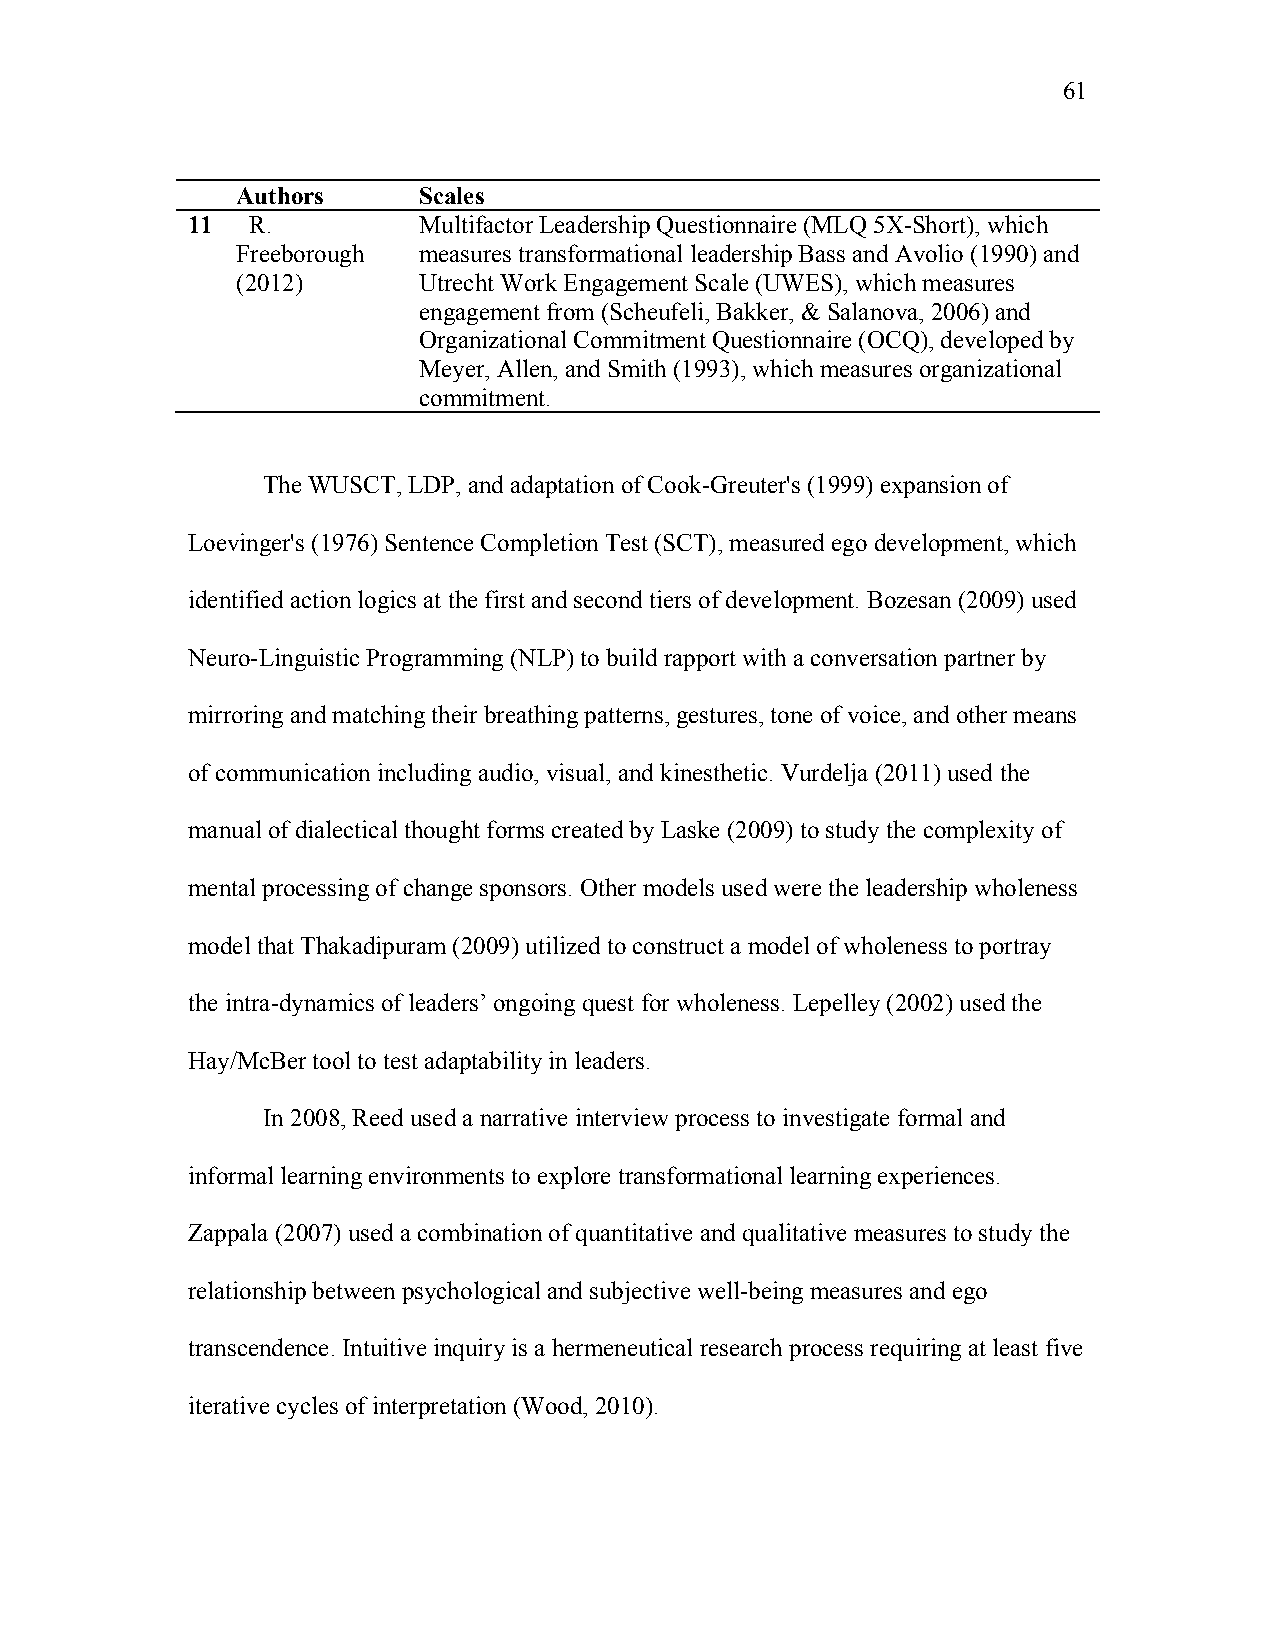
61
 Authors     Scales
 11  R.          Multifactor Leadership Questionnaire (MLQ 5X-Short), which
 Freeborough measures transformational leadership Bass and Avolio (1990) and
 (2012)      Utrecht Work Engagement Scale (UWES), which measures
 engagement from (Scheufeli, Bakker, & Salanova, 2006) and
 Organizational Commitment Questionnaire (OCQ), developed by
 Meyer, Allen, and Smith (1993), which measures organizational
 commitment.
 The WUSCT, LDP, and adaptation of Cook-Greuter's (1999) expansion of
 Loevinger's (1976) Sentence Completion Test (SCT), measured ego development, which
 identified action logics at the first and second tiers of development. Bozesan (2009) used
 Neuro-Linguistic Programming (NLP) to build rapport with a conversation partner by
 mirroring and matching their breathing patterns, gestures, tone of voice, and other means
 of communication including audio, visual, and kinesthetic. Vurdelja (2011) used the
 manual of dialectical thought forms created by Laske (2009) to study the complexity of
 mental processing of change sponsors. Other models used were the leadership wholeness
 model that Thakadipuram (2009) utilized to construct a model of wholeness to portray
 the intra-dynamics of leaders’ ongoing quest for wholeness. Lepelley (2002) used the
 Hay/McBer tool to test adaptability in leaders.
 In 2008, Reed used a narrative interview process to investigate formal and
 informal learning environments to explore transformational learning experiences.
 Zappala (2007) used a combination of quantitative and qualitative measures to study the
 relationship between psychological and subjective well-being measures and ego
 transcendence. Intuitive inquiry is a hermeneutical research process requiring at least five
 iterative cycles of interpretation (Wood, 2010).